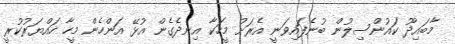
މާބައިދޫ ކައުންސިލުން ބުނެފައިވަނީ އެރަށު މީހަކާ އިނދެގެން އުޅޭ އަންހެން މީހާ ހައްޔަރުކުރީ